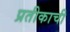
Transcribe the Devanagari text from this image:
प्रतीकाची